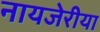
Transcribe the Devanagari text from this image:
नायजेरीया